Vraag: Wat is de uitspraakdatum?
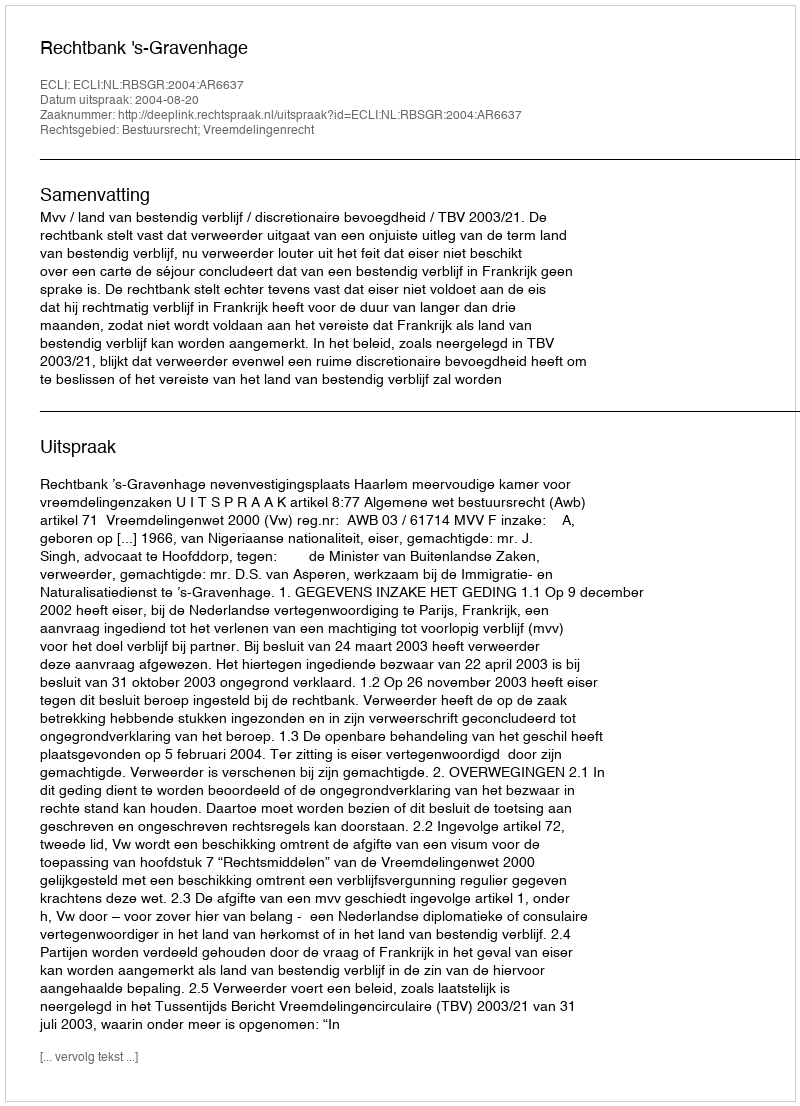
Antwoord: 2004-08-20